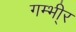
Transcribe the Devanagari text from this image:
गम्भी्र